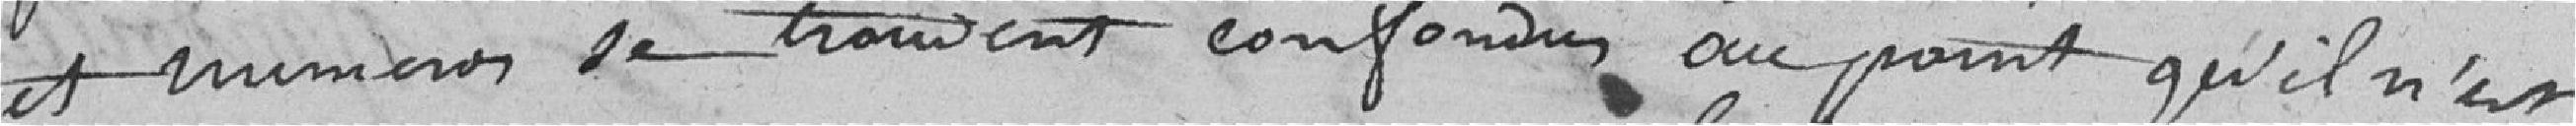
et numéros se trouvent confondus au point qu'il n'est